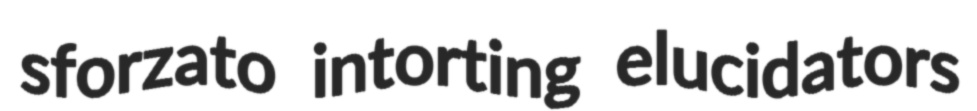
sforzato intorting elucidators